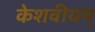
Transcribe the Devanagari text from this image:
केशवीयम्